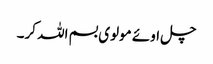
چل اوئے مولوی بسم اللہ کر۔